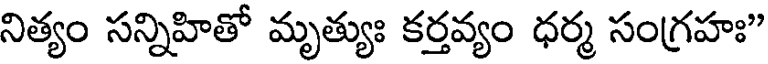
నిత్యం సన్నిహితో మృత్యుః కర్తవ్యం ధర్మ సంగ్రహః"